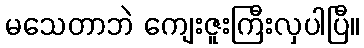
မသေတာဘဲ ကျေးဇူးကြီးလှပါပြီ။